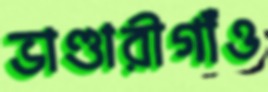
ভাণ্ডারীগাঁও